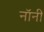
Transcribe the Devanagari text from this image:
नॉनी